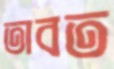
তাবত